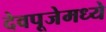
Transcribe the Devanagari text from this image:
देवपूजेमध्ये